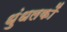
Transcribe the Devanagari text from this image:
धुंधलकों